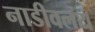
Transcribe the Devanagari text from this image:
नाडीवलय